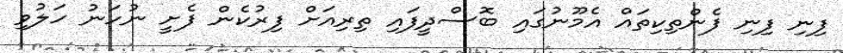
ފިނި ފިނި ފެންތިކިތައް އެމޫނުގައި ބޮސްދީފައި ތިރިއަށް ފިރުކެން ފެށީ ނުހަނު ހަލުވި